Source: Handwritten
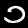
Digit: ၁ (1)